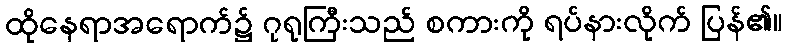
ထိုနေရာအရောက်၌ ဂုရုကြီးသည် စကားကို ရပ်နားလိုက် ပြန်၏။